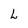
Character: L